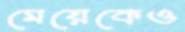
মেয়েকেও